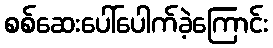
စစ်ဆေးပေါ်ပေါက်ခဲ့ကြောင်း